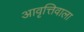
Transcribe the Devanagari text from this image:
आवृत्तिवाला